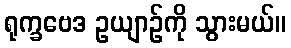
ရုက္ခဗေဒ ဥယျာဉ်ကို သွားမယ်။